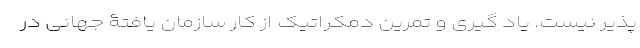
پذیر نیست. یاد گیری و تمرین دمکراتیک از کار سازمان یافتۀ جهانی در